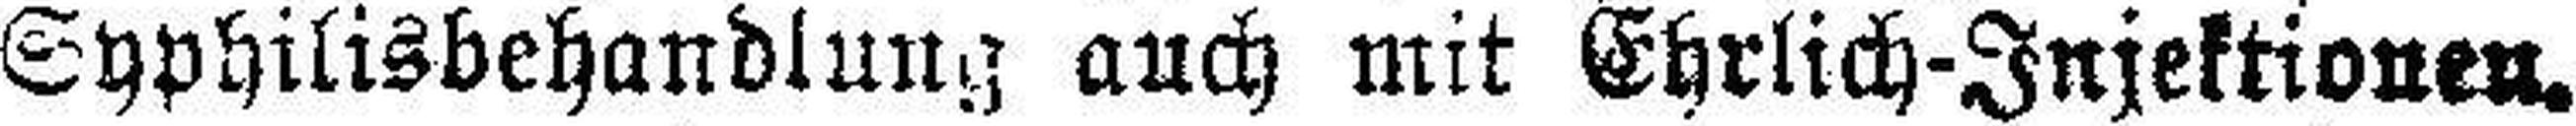
Syphilisbehandlung auch mit Ehrlich-Injektionen.